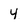
Character: Y